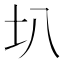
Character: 𫭗